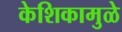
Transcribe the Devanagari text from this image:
केशिकामुळे